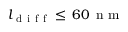
l _ { \mathrm { ~ d ~ i ~ f ~ f ~ } } \leq \, 6 0 \, \mathrm { ~ n ~ m ~ }